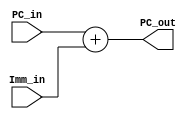
module PC_Plus_Immediate(PC_out, PC_in, Imm_in);

output [15:0] PC_out;
input [15:0] PC_in, Imm_in;

assign PC_out = PC_in + Imm_in;

endmodule